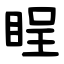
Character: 睈